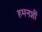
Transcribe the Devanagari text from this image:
हमनशीं